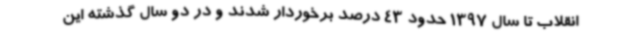
انقلاب تا سال 1397 حدود 43 درصد برخوردار شدند و در دو سال گذشته این